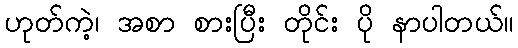
ဟုတ်ကဲ့၊ အစာ စားပြီး တိုင်း ပို နာပါတယ်။